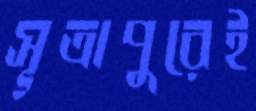
সূত্রাপুরেই